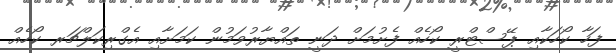
ފަހާ ކޯހަކާއި ޕޭސްޓްރީ ކޯހެއް ފެށުމަށް ދަނީ ތައްޔާރުވަމުން ކަމަށާއި އެގްރިކަލްޗަރ ކޯހެއް